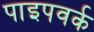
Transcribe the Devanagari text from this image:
पाइपवर्क